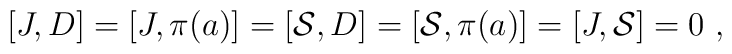
[J,D]=[J,\pi(a)]=[\mathcal{S},D]=[\mathcal{S},\pi(a)]=[J,\mathcal{S}]=0~,